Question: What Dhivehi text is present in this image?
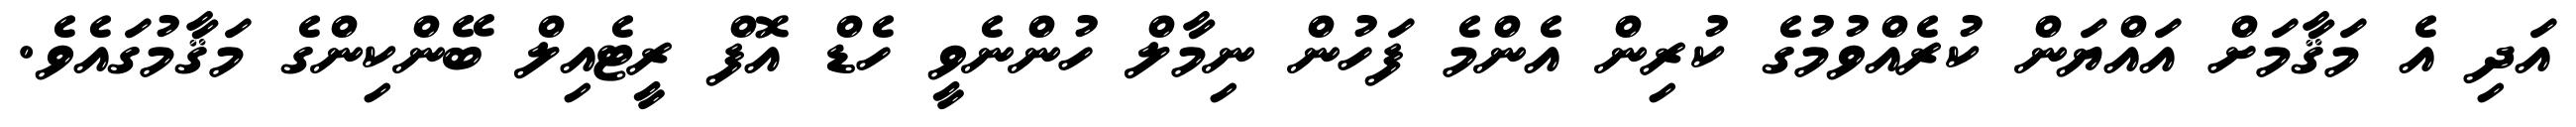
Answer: އަދި އެ މަޤާމަށް އައްޔަން ކުރެއްވުމުގެ ކުރިން އެންމެ ފަހުން ނިމާލް ހުންނެވީ ހެޑް އޮފް ރީޓެއިލް ބޭންކިންގެ މަޤާމުގައެވެ.